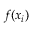
f ( x _ { i } )